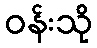
ဝန်းသို